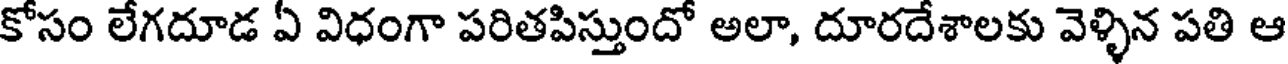
కోసం లేగదూడ ఏ విధంగా పరితపిస్తుందో అలా, దూరదేశాలకు వెళ్ళిన పతి ఆ